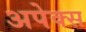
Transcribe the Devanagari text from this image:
अपेक्स